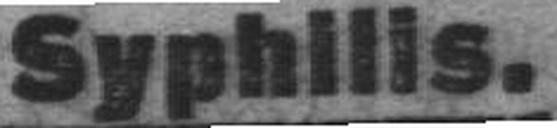
Syphilis.